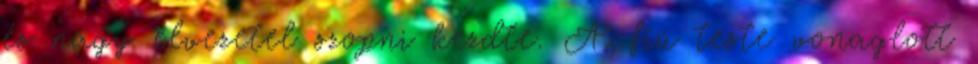
és nagy élvezetel szopni kezdte. A fiú teste vonaglott